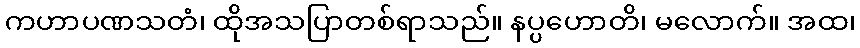
ကဟာပဏသတံ၊ ထိုအသပြာတစ်ရာသည်။ နပ္ပဟောတိ၊ မလောက်။ အထ၊